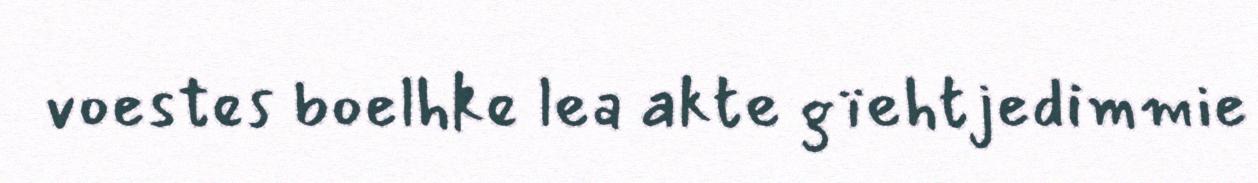
voestes boelhke lea akte gïehtjedimmie